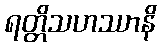
ရတ္တိသဟဿာနိ